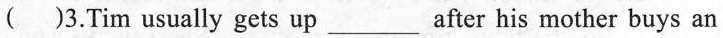
()3.Tim usually gets up ___ after his mother buys an